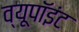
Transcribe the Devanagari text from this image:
व्यूपॉइंट